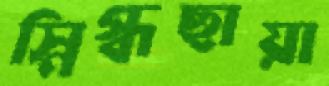
স্নিগ্ধছায়া